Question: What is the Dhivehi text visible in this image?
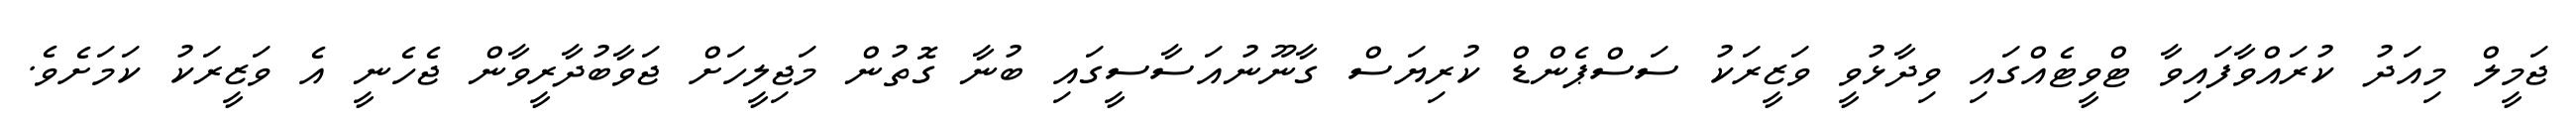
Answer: ޖަމީލް މިއަދު ކުރައްވާފައިވާ ޓްވީޓެއްގައި ވިދާޅުވީ ވަޒީރަކު ސަސްޕެންޑް ކުރިޔަސް ގާނޫނުއަސާސީގައި ބުނާ ގޮތުން މަޖިލީހަށް ޖަވާބުދާރީވާން ޖެހެނީ އެ ވަޒީރަކު ކަމަށެވެ.